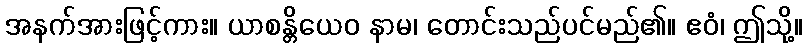
အနက်အားဖြင့်ကား။ ယာစန္တိယေဝ နာမ၊ တောင်းသည်ပင်မည်၏။ ဧဝံ၊ ဤသို့။